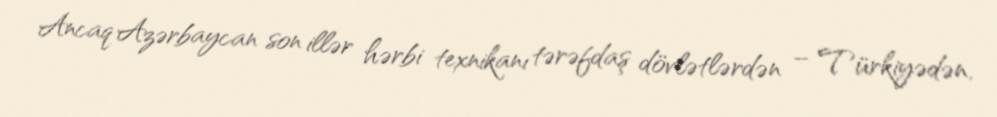
Ancaq Azərbaycan son illər hərbi texnikanı tərəfdaş dövlətlərdən – Türkiyədən,